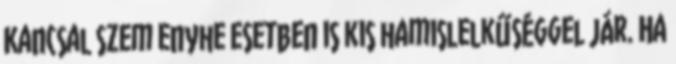
Kancsal szem enyhe esetben is kis hamislelkűséggel jár. Ha